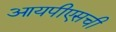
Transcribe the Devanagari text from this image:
आयपीएसची